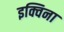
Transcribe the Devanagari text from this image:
इक्विना